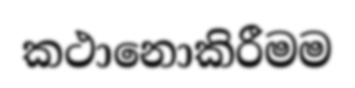
කථානොකිරීමම